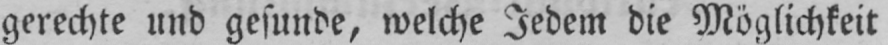
gerechte und gesunde, welche Jedem die Möglichkeit